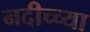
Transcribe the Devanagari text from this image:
नदीच्च्या